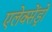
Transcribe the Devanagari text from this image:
एलेक्सेंड्रो